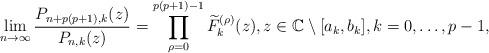
LaTeX: \begin{align*}\lim_{n \to \infty}\frac{P_{n + p(p+1) ,k}(z)}{P_{n,k}(z)}=\prod_{\rho =0}^{p(p+1)-1}\widetilde{F}_{k}^{(\rho)}(z),z\in\mathbb{C}\setminus[a_{k},b_{k}], k=0,\ldots,p-1,\end{align*}